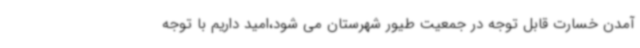
آمدن خسارت قابل توجه در جمعیت طیور شهرستان می شود،امید داریم با توجه